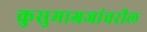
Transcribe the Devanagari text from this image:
कुसुमाग्रजांवरील